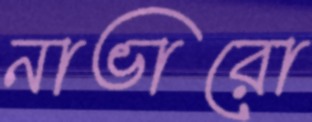
নাভারো